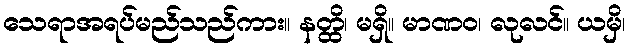
သေရာအရပ်မည်သည်ကား။ နတ္ထိ၊ မရှိ။ မာဏဝ၊ လုလင်။ ယမှိ၊